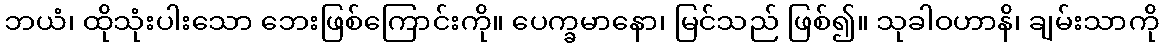
ဘယံ၊ ထိုသုံးပါးသော ဘေးဖြစ်ကြောင်းကို။ ပေက္ခမာနော၊ မြင်သည် ဖြစ်၍။ သုခါဝဟာနိ၊ ချမ်းသာကို